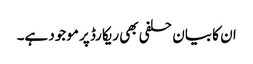
ان کا بیان حلفی بھی ریکارڈ پر موجود ہے۔